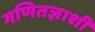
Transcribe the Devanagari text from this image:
गणितज्ञाशी